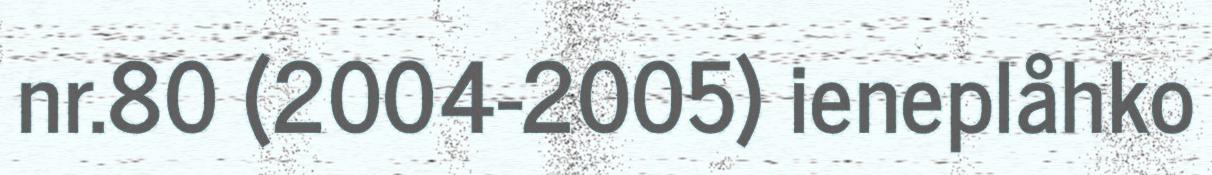
nr.80 (2004-2005) ieneplåhko